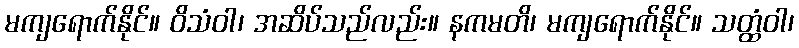
မကျရောက်နိုင်။ ဝိသံဝါ၊ အဆိပ်သည်လည်း။ နကမတိ၊ မကျရောက်နိုင်။ သတ္ထံဝါ၊